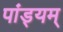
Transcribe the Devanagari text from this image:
पांड्यम्